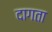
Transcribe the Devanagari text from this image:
दागता